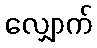
လျှောက်